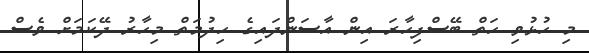
މި ހުޅުވި ހަތް ބޭސްފިހާރަ އިން އާސަންދައިގެ ހިދުމަތް މިހާރު ދޭކަމަށް ވެސް